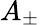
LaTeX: A_{\pm}